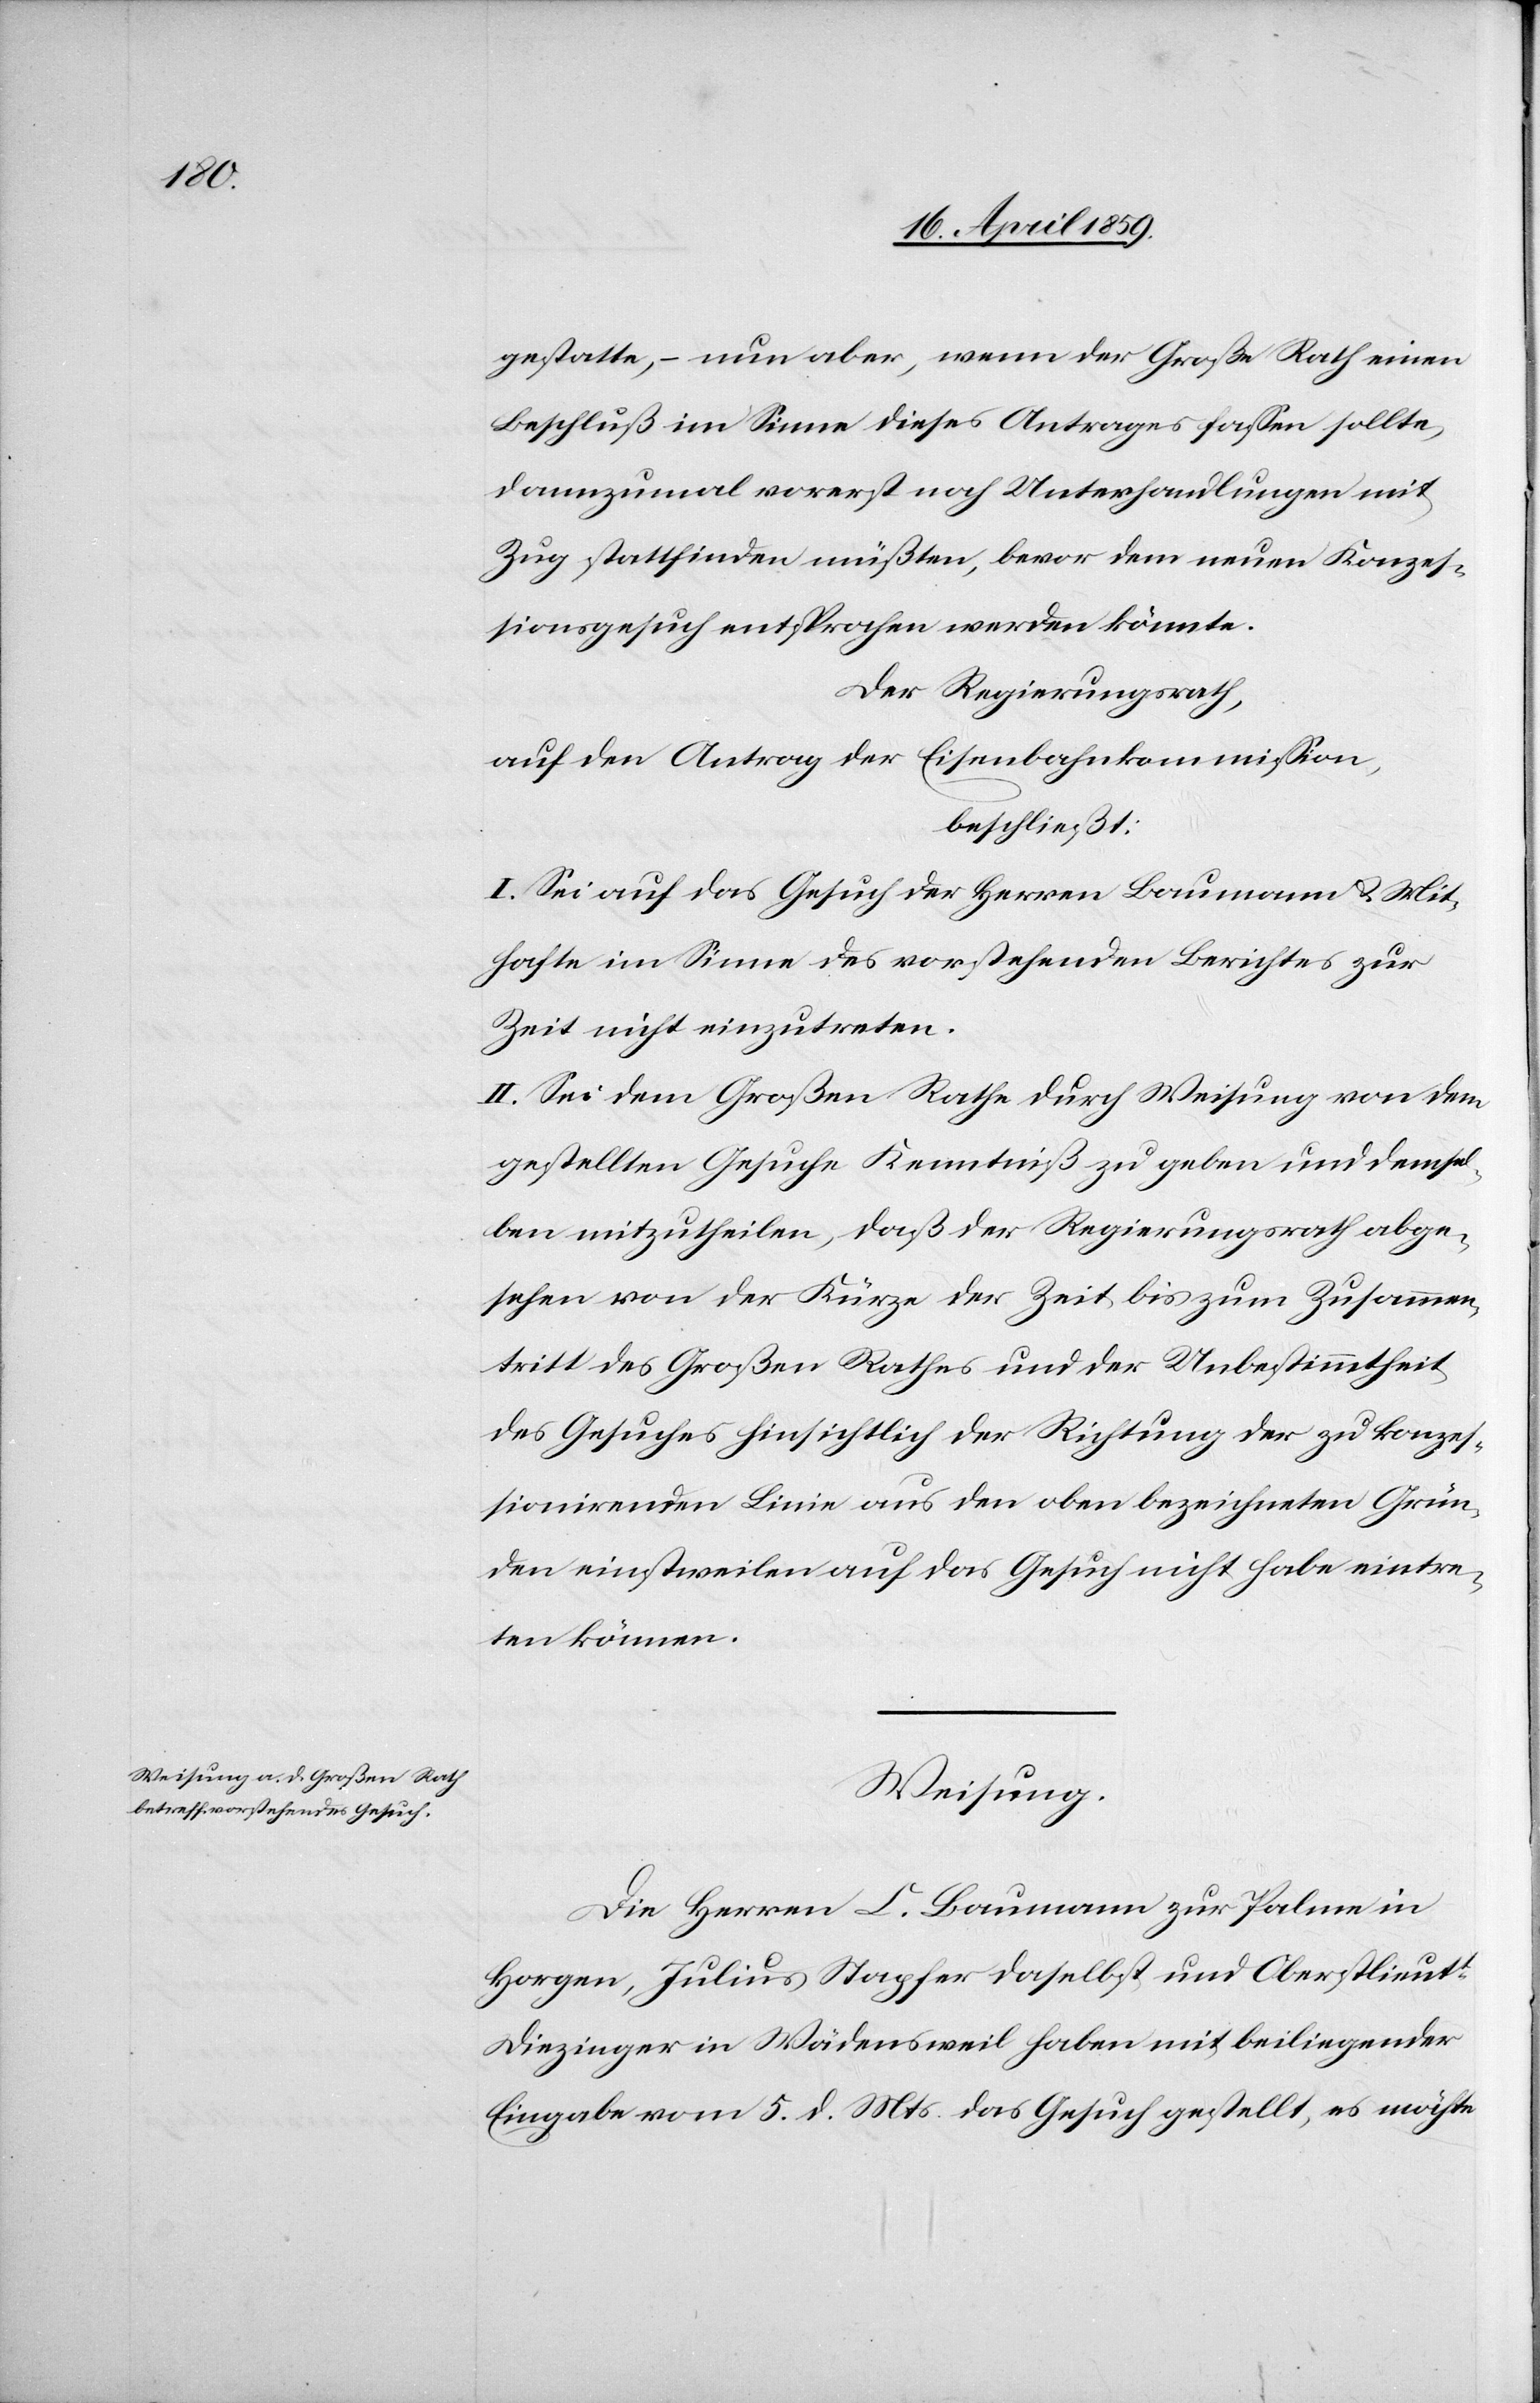
gestatte, ( nun aber, wenn der Große Rath einen
Beschluß im Sinne dieses Antrages faßen sollte,
dannzumal vorerst nach Unterhandlungen mit
Zug stattfinden müßten, bevor dem neuen Konzeß¬
ionsgesuch entsprochen werden könnte.
Der Regierungsrath,
auf den Antrag der Eisenbahnkommißion,
beschließt:
I. Sei auf das Gesuch der Herren Baumann u. Mit¬
hafte im Sinne des vorstehenden Berichtes zur
Zeit nicht einzutreten.
II. Sei dem Großen Rathe durch Weisung von dem
gestellten Gesuche Kenntniß zu geben und demsel¬
ben mitzutheilen, daß der Regierungsrath abge¬
sehen von der Kürze der Zeit bis zum Zusammen¬
tritt des Großen Rathes und der Unbestimmtheit
des Gesuches hinsichtlich der Richtung der zu konze¬
ßionirenden Linie aus den oben bezeichneten Grün¬
den einstweilen auf das Gesuch nicht habe eintre¬
ten können.
Weisung.
Die Herren C. Baumann zur Palme in
Horgen, Julius Stapfer daselbst und Oberstlieutt
Diezinger in Wädensweil haben mit beiliegender
Eingabe vom 5. d. Mts. das Gesuch gestellt, es möchte